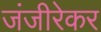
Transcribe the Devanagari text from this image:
जंजीरेकर